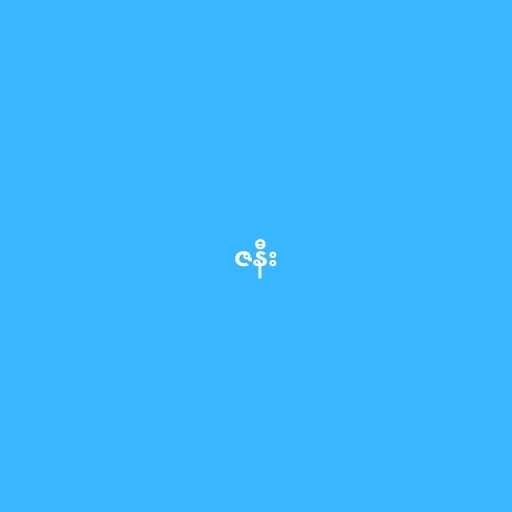
ဇနီး